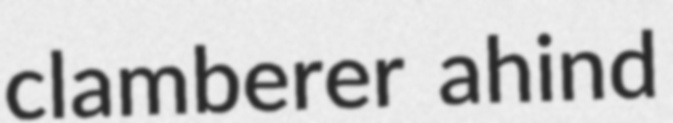
clamberer ahind